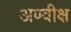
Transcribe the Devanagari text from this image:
अण्वीक्ष